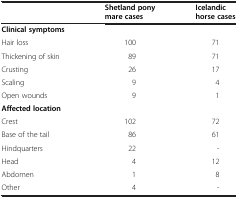
<table><thead><tr><td><b> </b></td><td><b>Shetland pony mare cases</b></td><td><b>Icelandic horse cases</b></td></tr></thead><tbody><tr><td><b>Clinical symptoms</b></td><td> </td><td> </td></tr><tr><td>Hair loss</td><td>100</td><td>71</td></tr><tr><td>Thickening of skin</td><td>89</td><td>71</td></tr><tr><td>Crusting</td><td>26</td><td>17</td></tr><tr><td>Scaling</td><td>9</td><td>4</td></tr><tr><td>Open wounds</td><td>9</td><td>1</td></tr><tr><td><b>Affected location</b></td><td> </td><td> </td></tr><tr><td>Crest</td><td>102</td><td>72</td></tr><tr><td>Base of the tail</td><td>86</td><td>61</td></tr><tr><td>Hindquarters</td><td>22</td><td>-</td></tr><tr><td>Head</td><td>4</td><td>12</td></tr><tr><td>Abdomen</td><td>1</td><td>8</td></tr><tr><td>Other</td><td>4</td><td>-</td></tr></tbody></table>